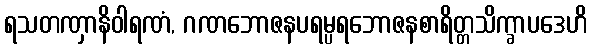
ရသတဏှာနိဝါရဏံ, ဂဏဘောဇနပရမ္ပရဘောဇနစာရိတ္တသိက္ခာပဒေဟိ